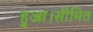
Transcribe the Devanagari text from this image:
हुआ।सीमित